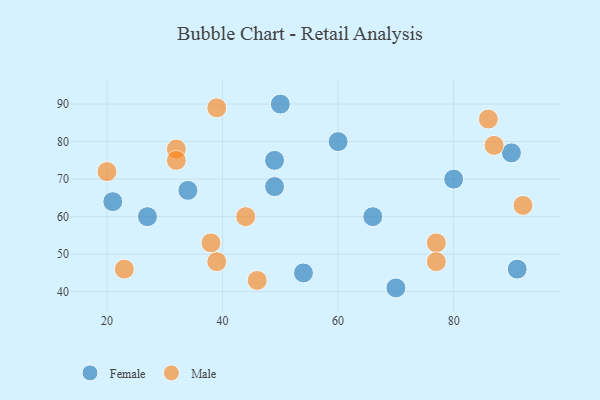
{"axis": {"x": "GDP", "y": "Life Expectancy"}, "legend": ["Female", "Male"], "data": [{"x": "54", "y": 45, "type": "Female"}, {"x": "27", "y": 60, "type": "Female"}, {"x": "90", "y": 77, "type": "Female"}, {"x": "70", "y": 41, "type": "Female"}, {"x": "66", "y": 60, "type": "Female"}, {"x": "49", "y": 68, "type": "Female"}, {"x": "80", "y": 70, "type": "Female"}, {"x": "60", "y": 80, "type": "Female"}, {"x": "34", "y": 67, "type": "Female"}, {"x": "50", "y": 90, "type": "Female"}, {"x": "21", "y": 64, "type": "Female"}, {"x": "91", "y": 46, "type": "Female"}, {"x": "49", "y": 75, "type": "Female"}, {"x": "77", "y": 53, "type": "Male"}, {"x": "39", "y": 48, "type": "Male"}, {"x": "39", "y": 89, "type": "Male"}, {"x": "32", "y": 78, "type": "Male"}, {"x": "86", "y": 86, "type": "Male"}, {"x": "46", "y": 43, "type": "Male"}, {"x": "20", "y": 72, "type": "Male"}, {"x": "44", "y": 60, "type": "Male"}, {"x": "38", "y": 53, "type": "Male"}, {"x": "77", "y": 48, "type": "Male"}, {"x": "32", "y": 75, "type": "Male"}, {"x": "92", "y": 63, "type": "Male"}, {"x": "87", "y": 79, "type": "Male"}, {"x": "23", "y": 46, "type": "Male"}]}